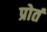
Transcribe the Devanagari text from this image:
प्रोतं